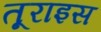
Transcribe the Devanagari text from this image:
तूराइस